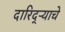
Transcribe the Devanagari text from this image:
दारिद्‌ऱ्याचे